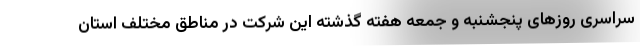
سراسری روزهای پنجشنبه و جمعه هفته گذشته این شرکت در مناطق مختلف استان